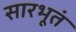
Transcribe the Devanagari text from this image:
सारभूतं